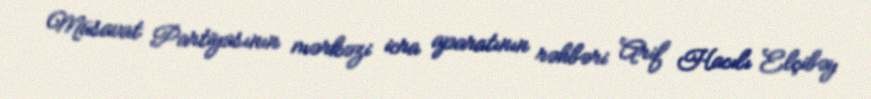
Müsavat Partiyasının mərkəzi icra aparatının rəhbəri Arif Hacılı Elçibəy